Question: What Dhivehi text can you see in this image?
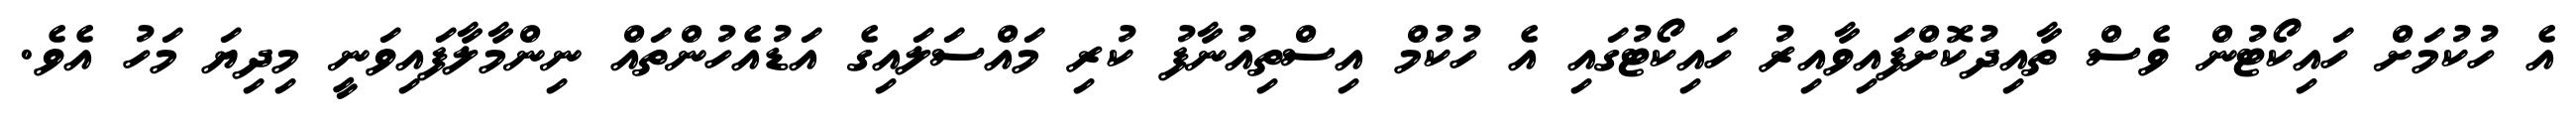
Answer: އެ ހުކުމަށް ހައިކޯޓުން ވެސް ތާއިދުކޮށްފައިވާއިރު ހައިކޯޓުގައި އެ ހުކުމް އިސްތިއުނާފު ކުރި މައްސަލައިގެ އަޑުއެހުންތައް ނިންމާލާފައިވަނީ މިދިޔަ މަހު އެވެ.